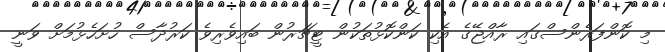
މި ކޮންފަރެންސްގައި ރާއްޖޭގެ އެކި ކަންކޮޅުތަކުން ޓީޗަރުން ބައިވެރިވެ ކަރުދާސް ހުށަހެޅުމަށް ވަނީ